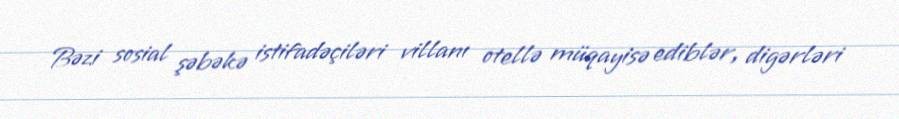
Bəzi sosial şəbəkə istifadəçiləri villanı otellə müqayisə ediblər, digərləri